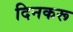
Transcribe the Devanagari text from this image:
दिनकरू